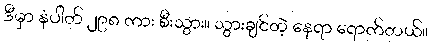
ဒီမှာ နံပါတ် ၂၉၈ ကား စီးသွား။ သွားချင်တဲ့ နေရာ ရောက်တယ်။